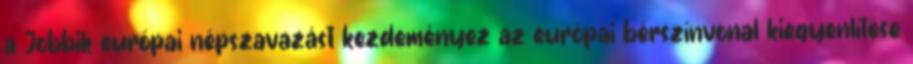
a Jobbik európai népszavazást kezdeményez az európai bérszínvonal kiegyenlítése